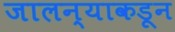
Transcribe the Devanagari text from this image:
जालन्याकडून